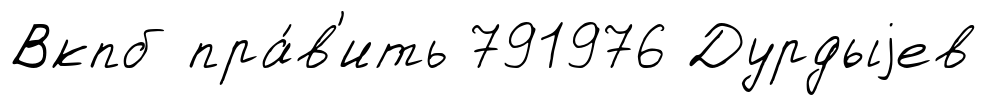
Вкпб пра́в'ить 791976 Дурдыjев